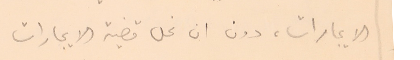
الايجارات، دون ان نحل قضية الايجارات